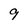
Character: 9